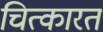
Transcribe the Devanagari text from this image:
चित्कारत